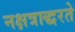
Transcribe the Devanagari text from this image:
नक्षत्राद्धरते